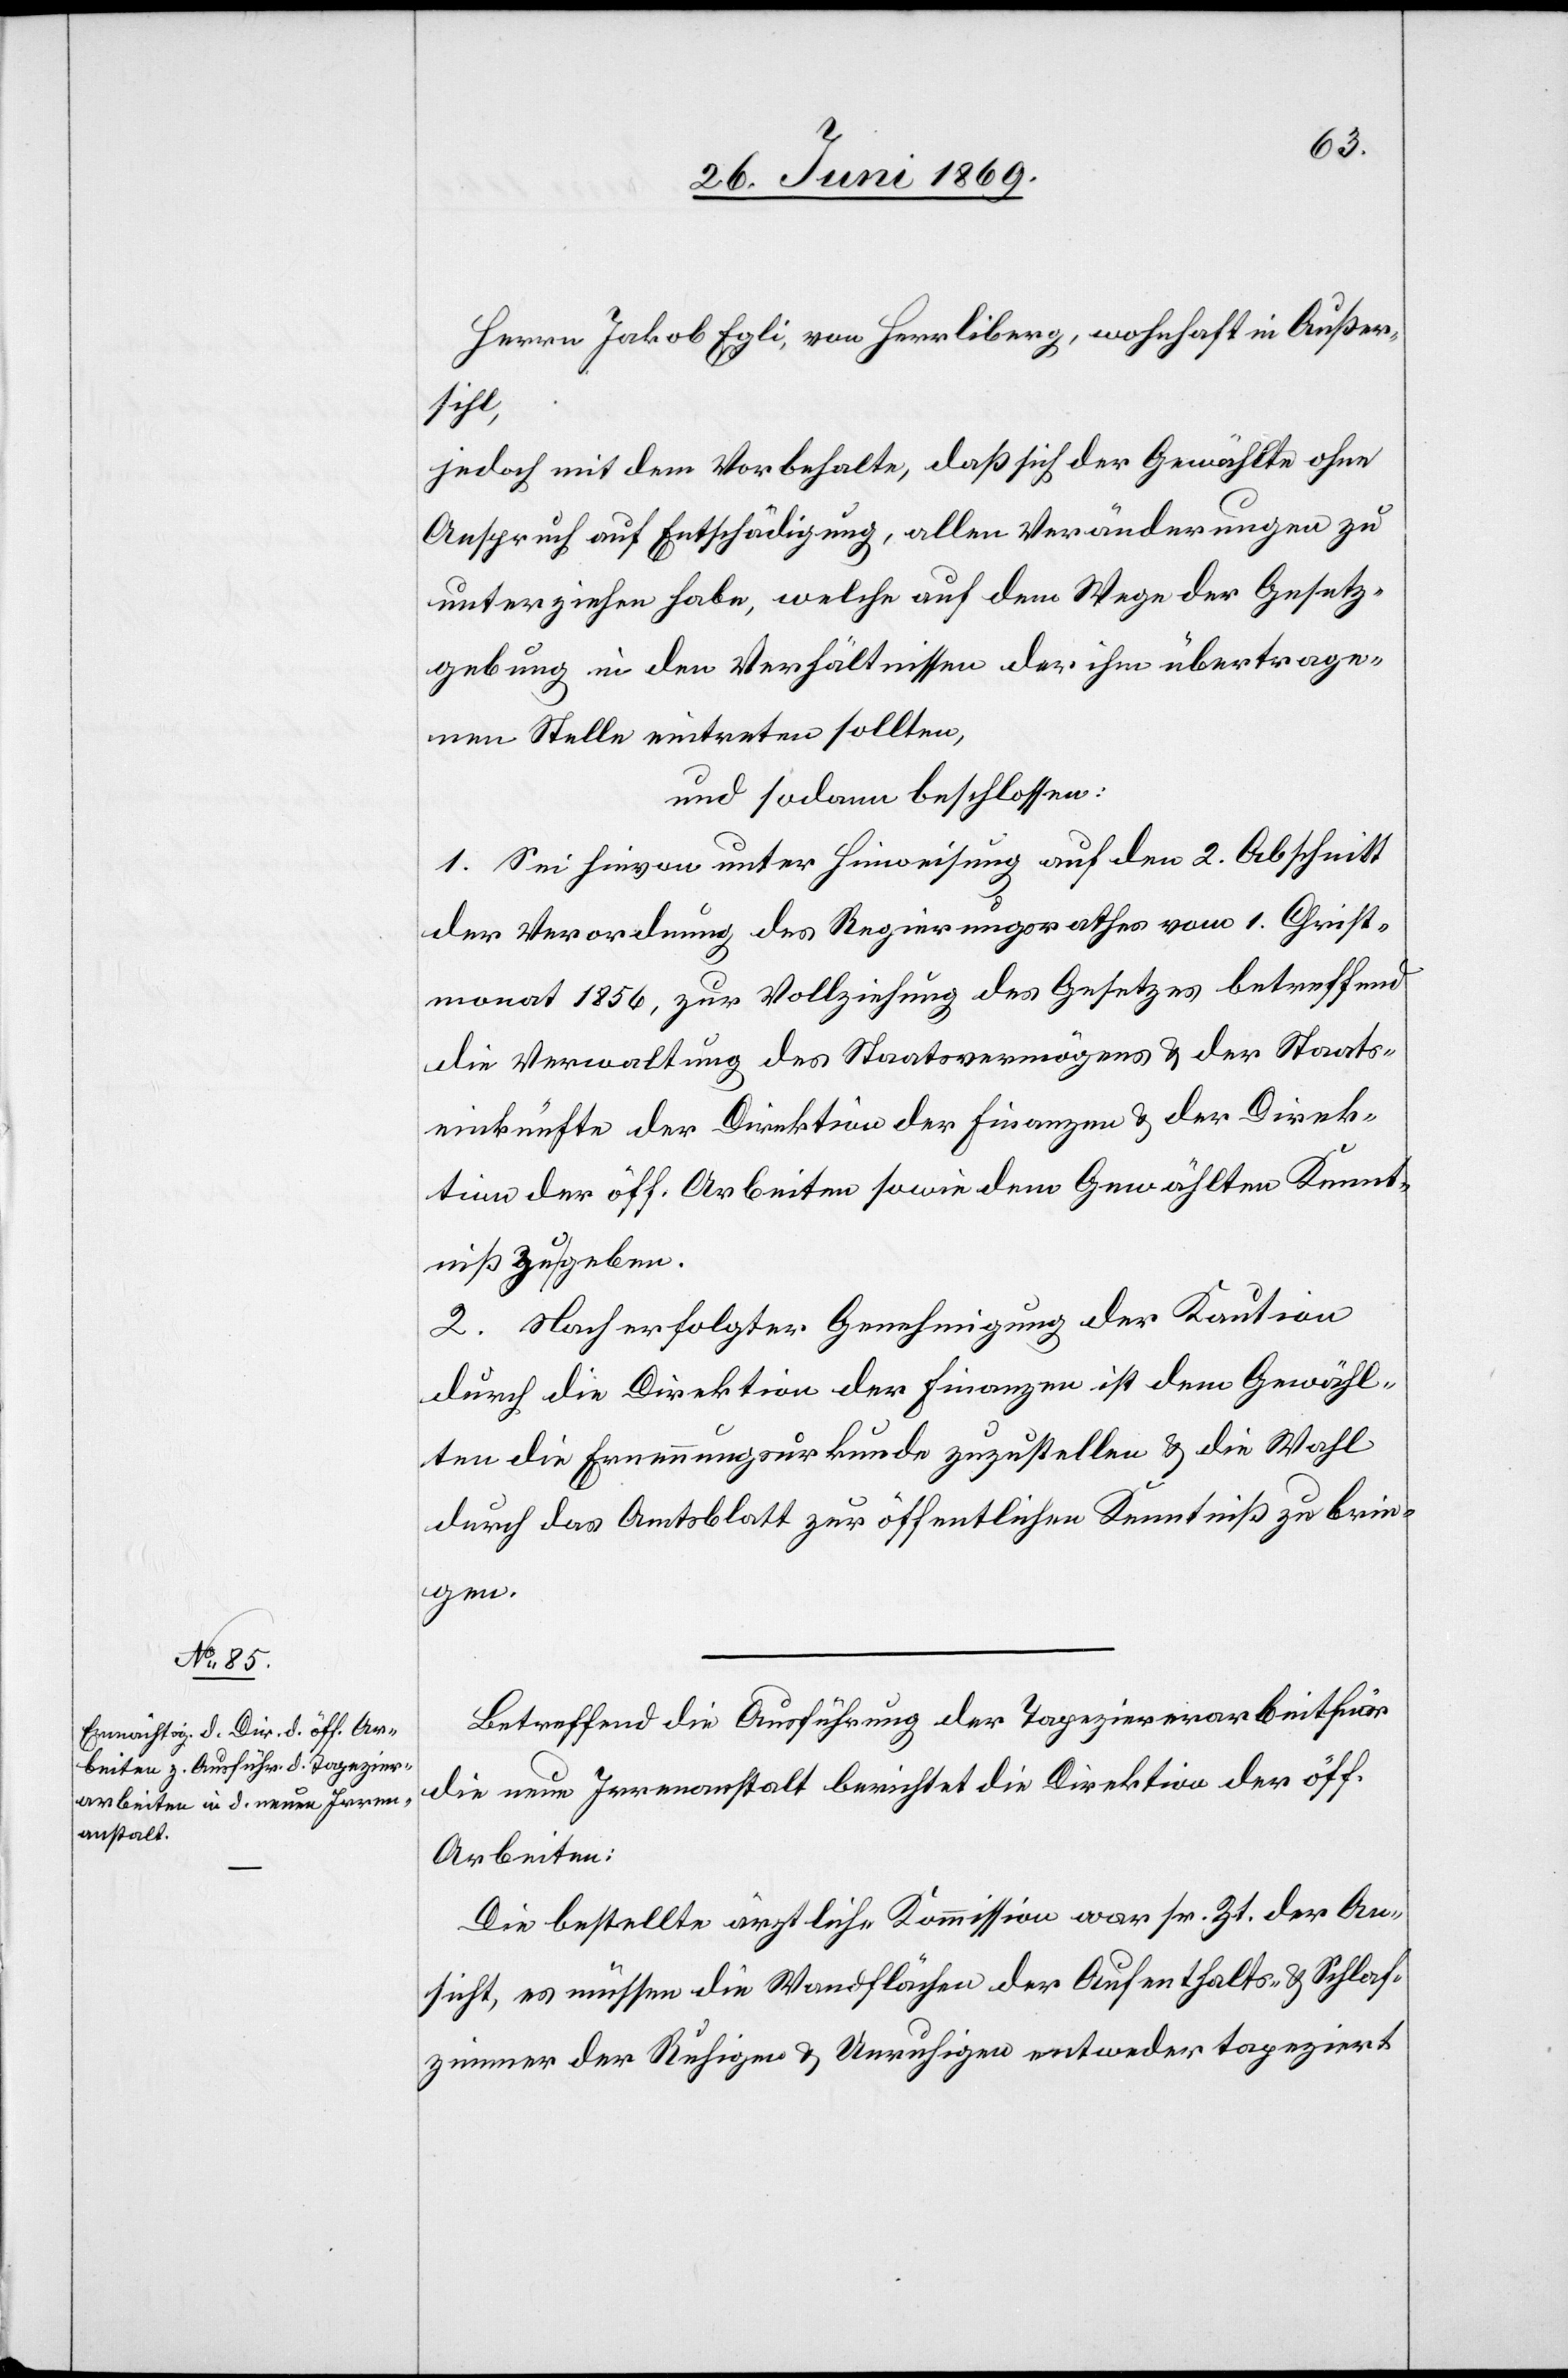
Herrn Jakob Egli, von Herrliberg, wohnhaft in Außer¬
sihl,
jedoch mit dem Vorbehalte, daß sich der Gewählte ohne
Anspruch auf Entschädigung, allen Veränderungen zu
unterziehen habe, welche auf dem Wege der Gesetz¬
gebung in den Verhältnissen der ihm übertrage¬
nen Stelle eintreten sollten,
und sodann beschlossen:
1. Sei hievon unter Hinweisung auf den 2. Abschnitt
der Verordnung des Regierungsrathes vom 1. Christ¬
monat 1856, zur Vollziehung des Gesetzes betreffend
die Verwaltung des Staatsvermögens u. der Staats¬
einkünfte der Direktion der Finanzen u. der Direk¬
tion der öff. Arbeiten sowie dem Gewählten Kennt¬
niß zu geben.
2. Nach erfolgter Genehmigung der Kaution
durch die Direktion der Finanzen ist dem Gewähl¬
ten die Ernennungsurkunde zuzustellen u. die Wahl
durch das Amtsblatt zur öffentlichen Kenntniß zu brin¬
gen.
Betreffend Ausführung der Tapezirerarbeit für
die neue Irrenanstalt berichtet die Direktion der öff.
Arbeiten:
Die bestellte ärztliche Kommission war sr. Zt. der An¬
sicht, es müssen die Wandflächen der Aufenthalts- u. Schlaf¬
zimmer der Ruhige u. Unruhige entweder tapeziert